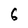
Character: 6